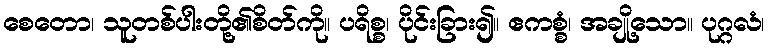
စေတော၊ သူတစ်ပါးတို့၏စိတ်ကို။ ပရိစ္စ၊ ပိုင်းခြား၍။ ဧကစ္စံ၊ အချို့သော။ ပုဂ္ဂလံ၊